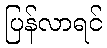
ပြန်လာရင်